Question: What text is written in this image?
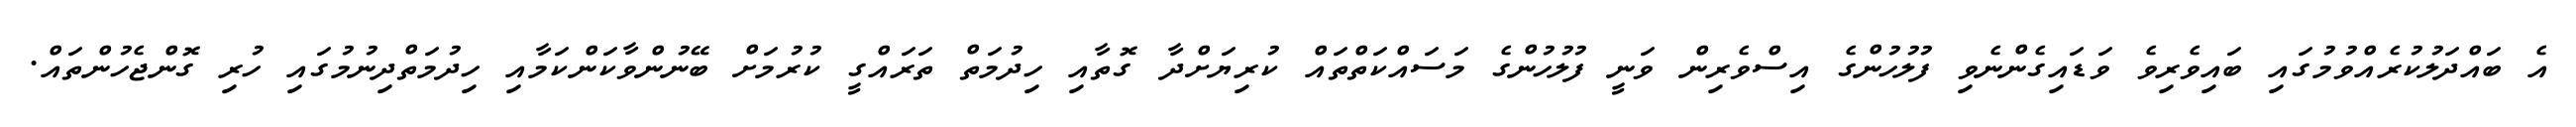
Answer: އެ ބައްދަލުކުރެއްވުމުގައި ބައިވެރިވެ ވަޑައިގެންނެވި ފުލުހުންގެ އިސްވެރިން ވަނީ ފުލުހުންގެ މަސައްކަތްތައް ކުރިޔަށްދާ ގޮތާއި ހިދުމަތް ތަރައްގީ ކުރުމަށް ބޭނުންވާކަންކަމާއި ހިދުމަތްދިނުމުގައި ހުރި ގޮންޖެހުންތައް.